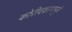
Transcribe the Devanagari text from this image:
कोरीवकामामुळे